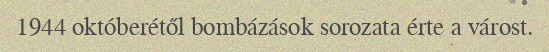
1944 októberétől bombázások sorozata érte a várost.